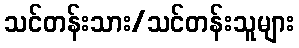
သင်တန်းသား/သင်တန်းသူများ